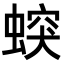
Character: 𧎛